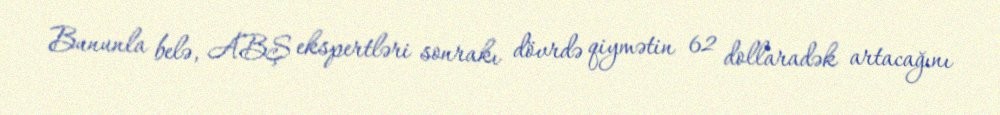
Bununla belə, ABŞ ekspertləri sonrakı dövrdə qiymətin 62 dollaradək artacağını